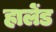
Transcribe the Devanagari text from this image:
हालेंड